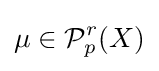
\mu \in {\mathcal {P}}_{p}^{r}(X)